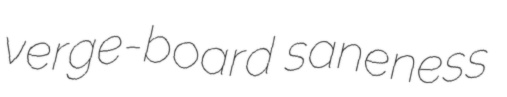
verge-board saneness